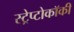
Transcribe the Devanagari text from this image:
स्ट्रेप्टोकॉकी